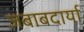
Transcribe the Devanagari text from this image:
जबाबदार्या